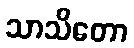
သာသိတော